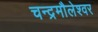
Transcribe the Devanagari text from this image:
चन्द्रमौलेश्वर